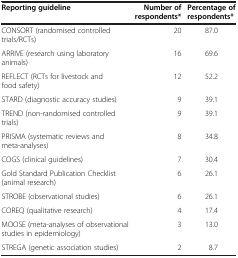
<table><thead><tr><td><b>Reporting guideline</b></td><td><b>Number of respondents*</b></td><td><b>Percentage of respondents*</b></td></tr></thead><tbody><tr><td>CONSORT (randomised controlled trials/RCTs)</td><td>20</td><td>87.0</td></tr><tr><td>ARRIVE (research using laboratory animals)</td><td>16</td><td>69.6</td></tr><tr><td>REFLECT (RCTs for livestock and food safety)</td><td>12</td><td>52.2</td></tr><tr><td>STARD (diagnostic accuracy studies)</td><td>9</td><td>39.1</td></tr><tr><td>TREND (non-randomised controlled trials)</td><td>9</td><td>39.1</td></tr><tr><td>PRISMA (systematic reviews and meta-analyses)</td><td>8</td><td>34.8</td></tr><tr><td>COGS (clinical guidelines)</td><td>7</td><td>30.4</td></tr><tr><td>Gold Standard Publication Checklist (animal research)</td><td>6</td><td>26.1</td></tr><tr><td>STROBE (observational studies)</td><td>6</td><td>26.1</td></tr><tr><td>COREQ (qualitative research)</td><td>4</td><td>17.4</td></tr><tr><td>MOOSE (meta-analyses of observational studies in epidemiology)</td><td>3</td><td>13.0</td></tr><tr><td>STREGA (genetic association studies)</td><td>2</td><td>8.7</td></tr></tbody></table>